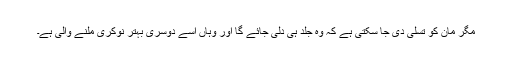
مگر مان کو تسلی دی جا سکتی ہے کہ وہ جلد ہی دلّی جائے گا اور وہاں اسے دوسری بہتر نوکری ملنے والی ہے۔